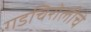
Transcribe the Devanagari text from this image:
गडचिरोलीचे